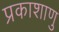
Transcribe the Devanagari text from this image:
प्रकाशाणु